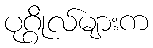
ပုဂ္ဂိုလ်များက